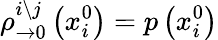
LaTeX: \rho_{\rightarrow 0}^{i\setminus j}\left(x_{i}^{0}\right)=p\left(x_{i}^{0}\right)